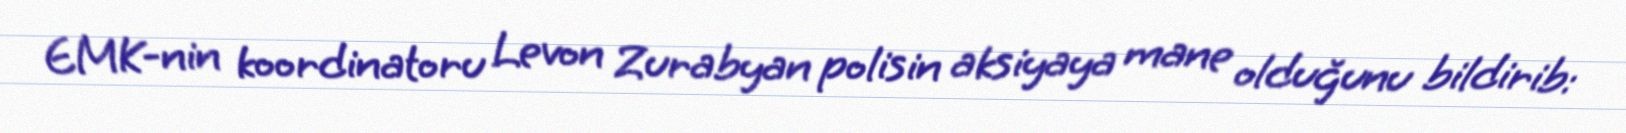
EMK-nin koordinatoru Levon Zurabyan polisin aksiyaya mane olduğunu bildirib: